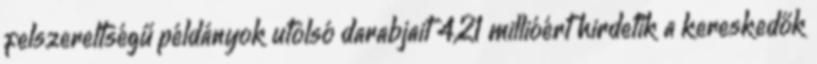
felszereltségű példányok utolsó darabjait 4,21 millióért hirdetik a kereskedők